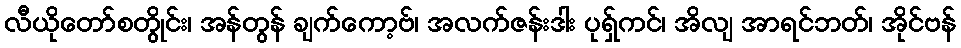
လီယိုတော်စတွိုင်း၊ အန်တွန် ချက်ကော့ဗ်၊ အလက်ဇန်းဒါး ပုရှ်ကင်၊ အိလျ အာရင်ဘတ်၊ အိုင်ဗန်